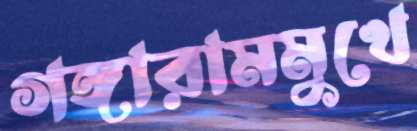
গঙ্গারামমুখে